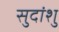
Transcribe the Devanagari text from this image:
सुदांशु